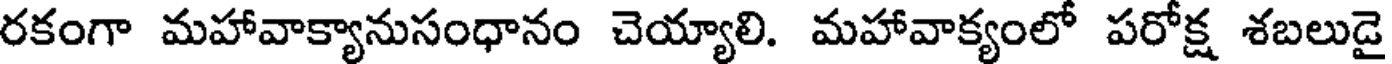
రకంగా మహావాక్యానుసంధానం చెయ్యాలి. మహావాక్యంలో పరోక్ష శబలుడై